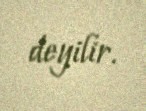
deyilir.